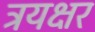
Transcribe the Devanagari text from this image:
त्रयक्षर